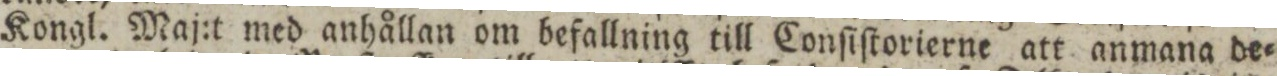
Kongl. Maj:t med anhållan om befallning till Conſiſtorierne att anmana de=